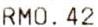
RM0.42